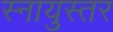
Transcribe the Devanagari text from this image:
स्नायुस्तर